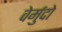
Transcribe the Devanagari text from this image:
वेर्मुदो